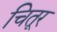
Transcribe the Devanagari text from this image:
चितूर